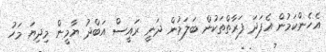
އެހެންކަމުން އެފަދަ ފަރާތްތަކުން ބަލަމުން ދަނީ ރައީސް އަބްދު ޔާމީން މިދިޔަ މަހު